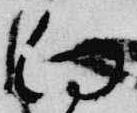
向